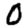
Digit: 0